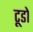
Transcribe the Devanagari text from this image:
टूडो